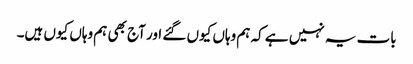
بات یہ نہیں ہے کہ ہم وہاں کیوں گئے اور آج بھی ہم وہاں کیوں ہیں۔